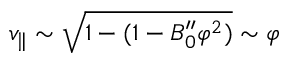
v _ { \parallel } \sim \sqrt { 1 - ( 1 - B _ { 0 } ^ { \prime \prime } \varphi ^ { 2 } ) } \sim \varphi